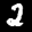
Label: 2